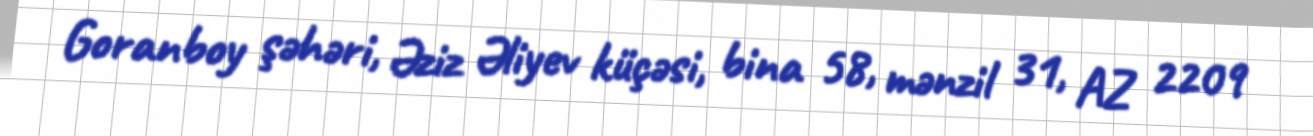
Goranboy şəhəri, Əziz Əliyev küçəsi, bina 58, mənzil 31, AZ 2209